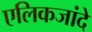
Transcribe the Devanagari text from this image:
एलिकजांदे